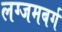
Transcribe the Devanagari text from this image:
लग्जमबर्ग